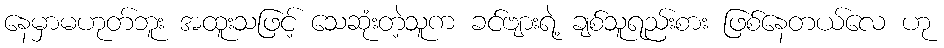
နေမှာမဟုတ်ဘူး အထူးသဖြင့် သေဆုံးတဲ့သူက ခင်ဗျားရဲ့ ချစ်သူရည်းစား ဖြစ်နေတယ်လေ ဟု